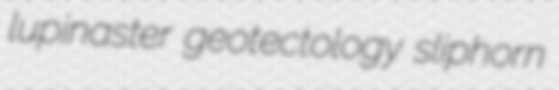
lupinaster geotectology sliphorn